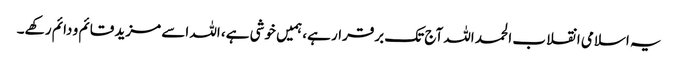
یہ اسلامی انقلاب الحمد اللہ آج تک برقرار ہے، ہمیں خوشی ہے، اللہ اسے مزید قائم و دائم رکهے۔